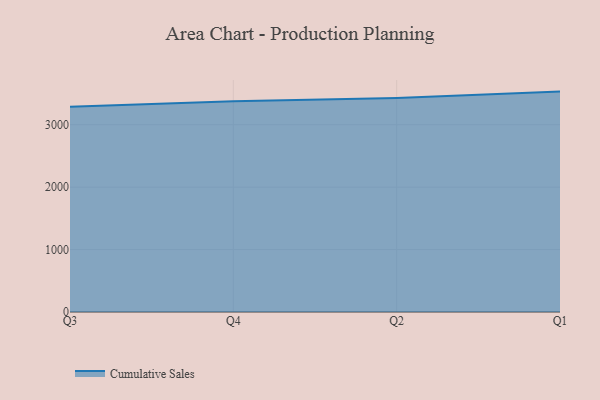
{"axis": {"x": "Quarter", "y": "Inventory Turnover"}, "legend": ["Cumulative Sales"], "data": [{"x": "Q3", "y": 3286.1, "type": "Cumulative Sales"}, {"x": "Q4", "y": 3374.6, "type": "Cumulative Sales"}, {"x": "Q2", "y": 3428.4, "type": "Cumulative Sales"}, {"x": "Q1", "y": 3530.6, "type": "Cumulative Sales"}]}